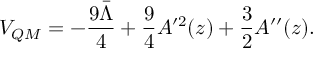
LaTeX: V _ { Q M } = - \frac { 9 \bar { \Lambda } } { 4 } + \frac { 9 } { 4 } A ^ { \prime 2 } ( z ) + \frac { 3 } { 2 } A ^ { \prime \prime } ( z ) .